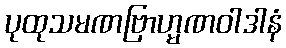
ပုထုသမဏဗြာဟ္မဏဝါဒါနံ